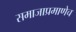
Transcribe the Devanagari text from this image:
समाजाप्रमाणेच